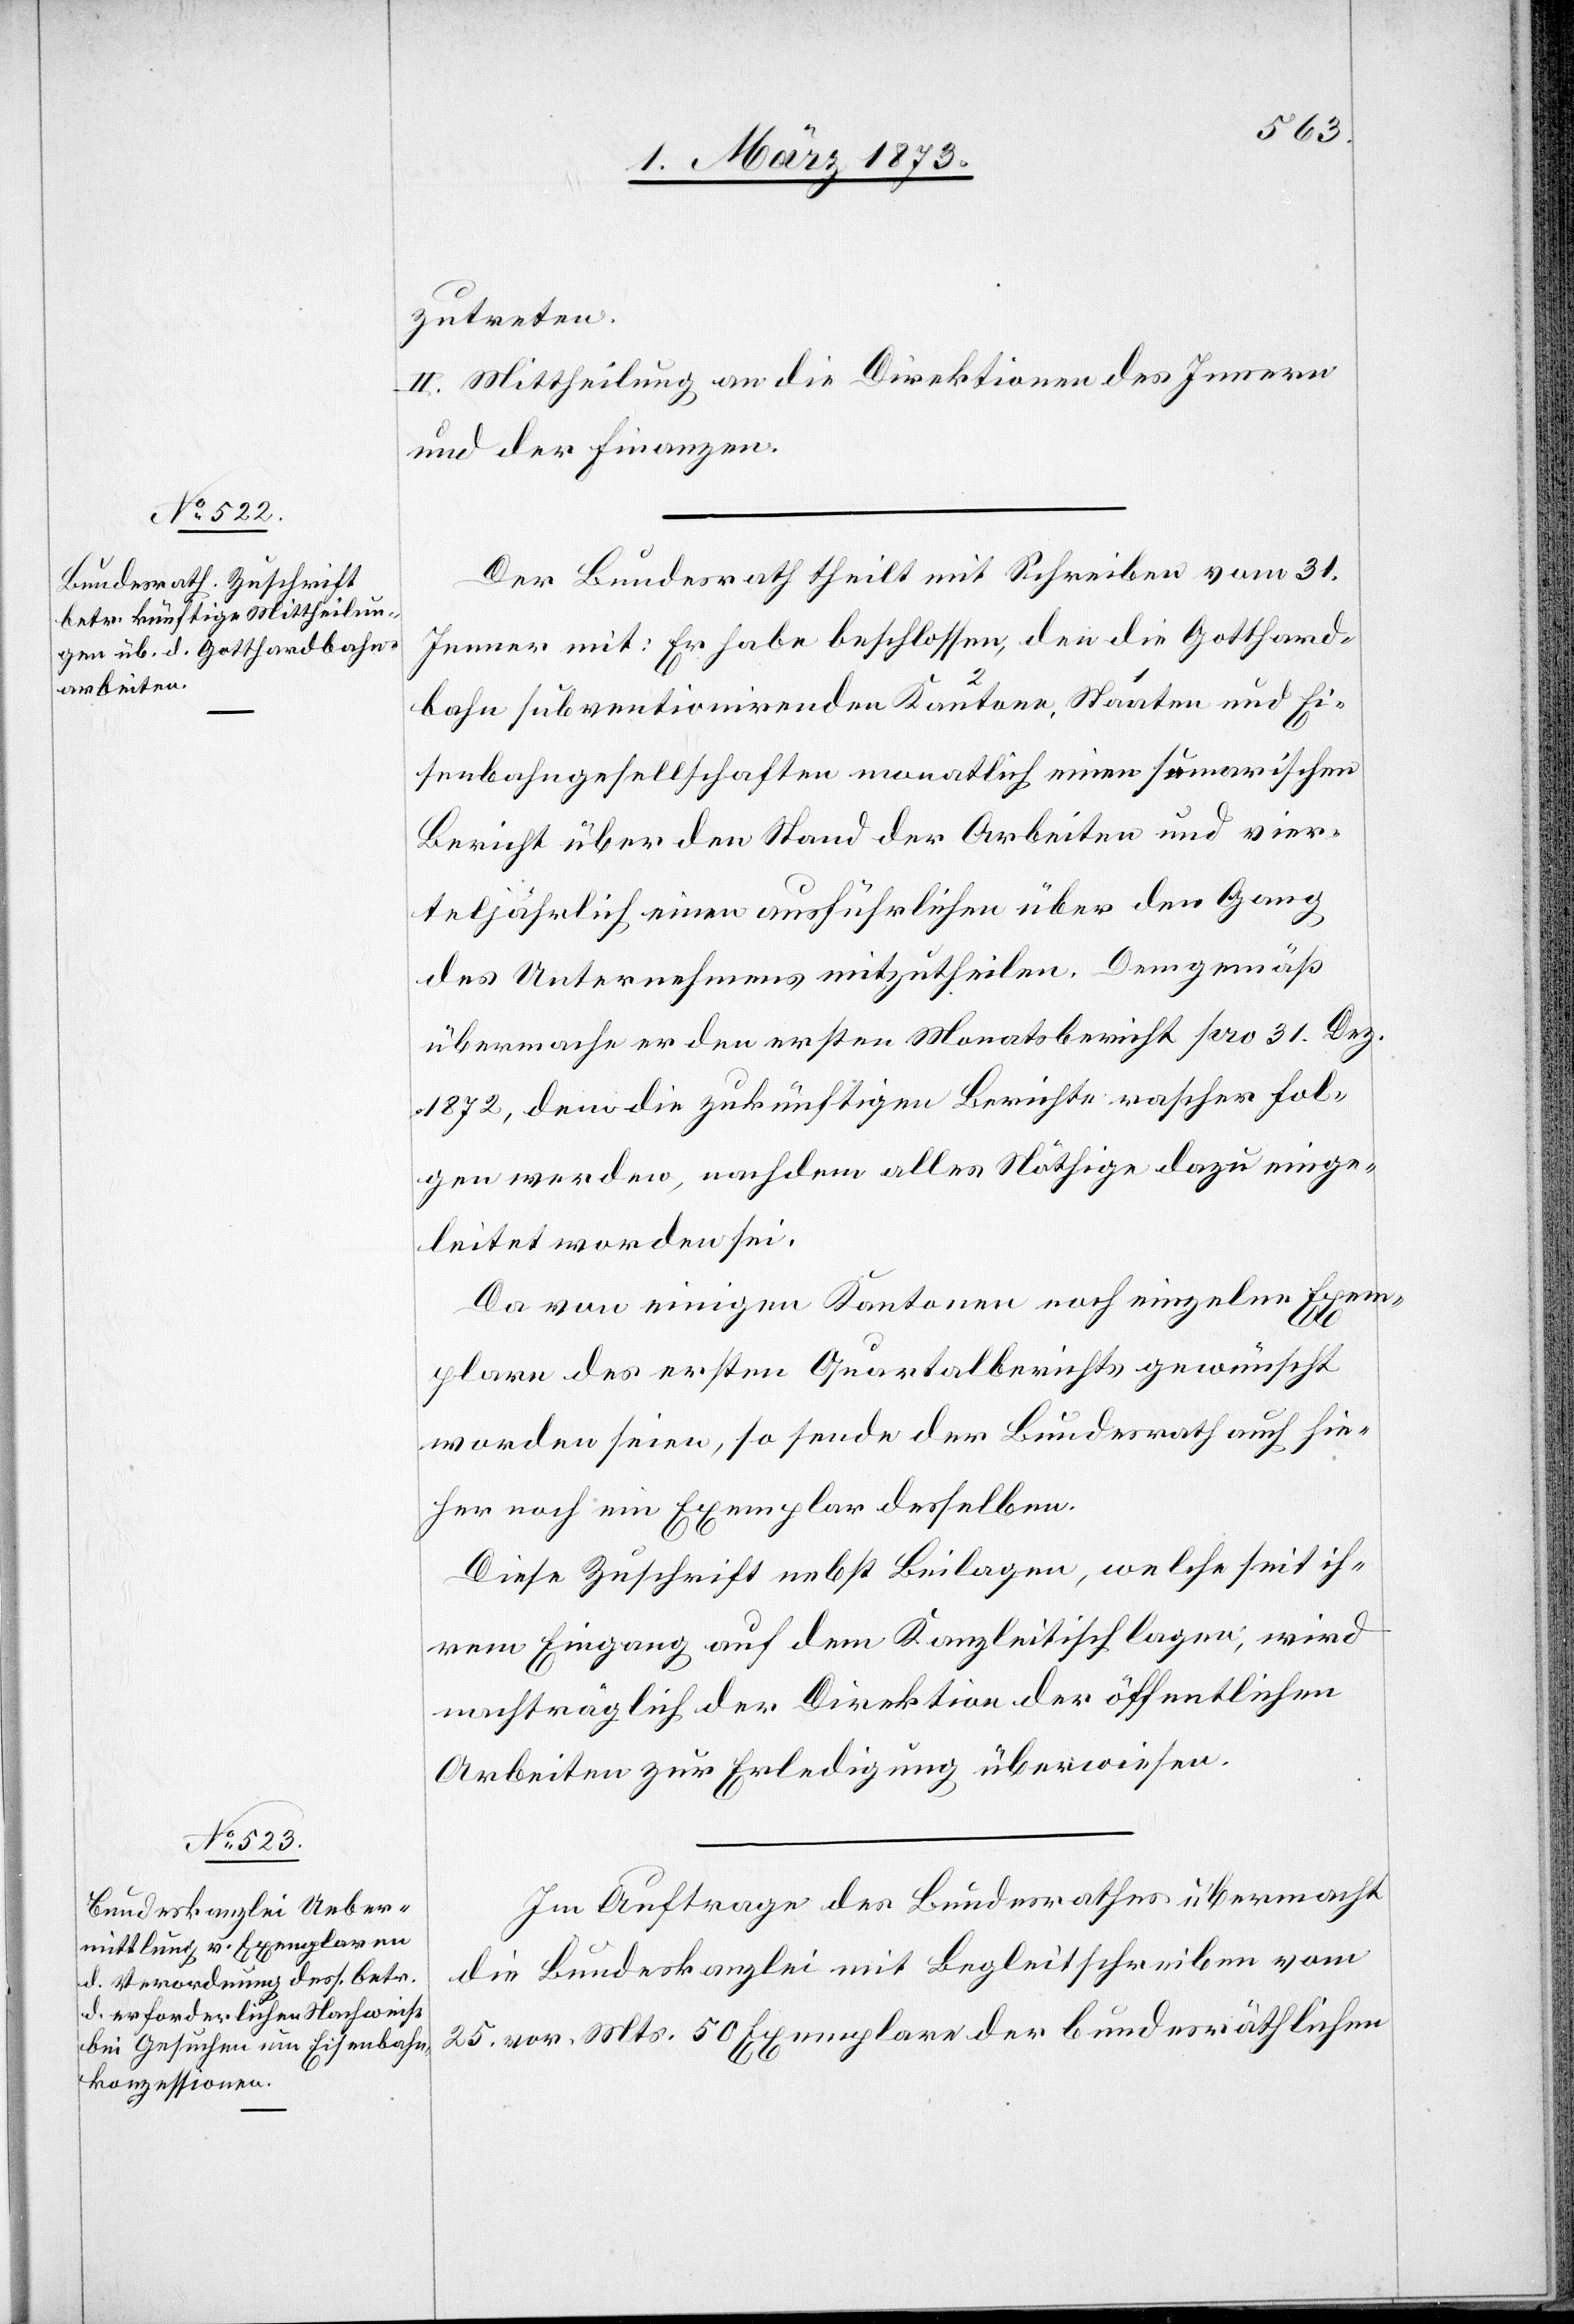
zutreten.
II. Mittheilung an die Direktionen des Innern
und der Finanzen.
Der Bundesrath theilt mit Schreiben vom 31.
Jenner mit: Er habe beschlossen, den die Gotthard¬
bahn subventionirenden 2 Kantone[n], 1 Staaten [sic!] und Ei¬
senbahngesellschaften monatlich einen sumarischen
Bericht über den Stand der Arbeiten und vier¬
teljährlich einen ausführlichen über den Gang
des Unternehmens mitzutheilen. Demgemäß
übermache er den ersten Monatsbericht pro 31. Dez.
1872, dem die zukünftigen Berichte rascher fol¬
gen werden, nachdem alles Nöthige dazu einge¬
leitet worden sei.
Da von einigen Kantonen noch einzelne Exem¬
plare des ersten Quartalsberichts gewünscht
worden seien, so sende der Bundesrath auch hie¬
her noch ein Exemplar desselben.
Diese Zuschrift nebst Beilagen, welche seit ih¬
rem Eingang auf dem Kanzleitisch lagen, wird
nachträglich der Direktion der öffentlichen
Arbeiten zur Erledigung überwiesen.
Im Auftrage des Bundesrathes übermacht
die Bundeskanzlei mit Begleitschreiben vom
25. vor. Mts. 50 Exemplare der bundesräthlichen